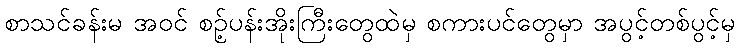
စာသင်ခန်းမ အဝင် စဉ့်ပန်းအိုးကြီးတွေထဲမှ စကားပင်တွေမှာ အပွင့်တစ်ပွင့်မှ